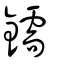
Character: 鑐